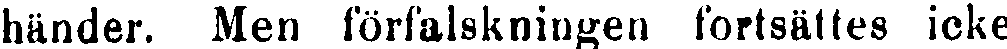
händer. Men förfalskningen fortsattes icke